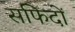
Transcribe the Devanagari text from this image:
सफिदों